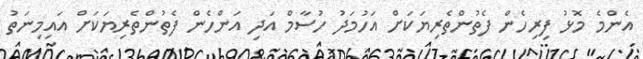
އެންމެ މޮޅު ފިރިހެން ފެތުންތެރިޔަކަށް އަހުމަދު ހުސާމް އަދި އަންހެން ފެތުންތެރިޔަކަށް އައިމިނަތު